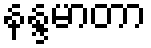
နန္ဒမာတာ